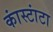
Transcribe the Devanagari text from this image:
कांस्टांटा